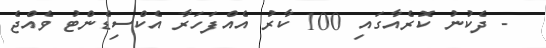
- ދެކުނު ކޮރެއާގައި 100 ކާރު އެއްފަހަރާ އެކްސިޑެންޓު ވެއްޖެ